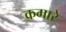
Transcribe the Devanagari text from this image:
कमारे